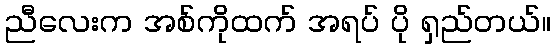
ညီလေးက အစ်ကိုထက် အရပ် ပို ရှည်တယ်။